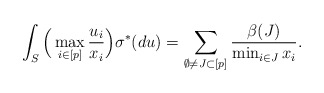
\begin{align*}\int_{S} \Big(\max_{i\in [p]} \frac{u_i}{x_i} \Big) \sigma^*(du) = \sum_{\emptyset \neq J\subset [p]} \frac{\beta(J)}{\min_{i\in J} x_i}.\end{align*}